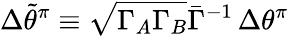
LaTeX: \Delta\widetilde{\theta}^{\pi}\equiv{\sqrt{\Gamma_{A}\Gamma_{B}}}{\bar{\Gamma}^{-1}}\, \Delta\theta^{\pi}